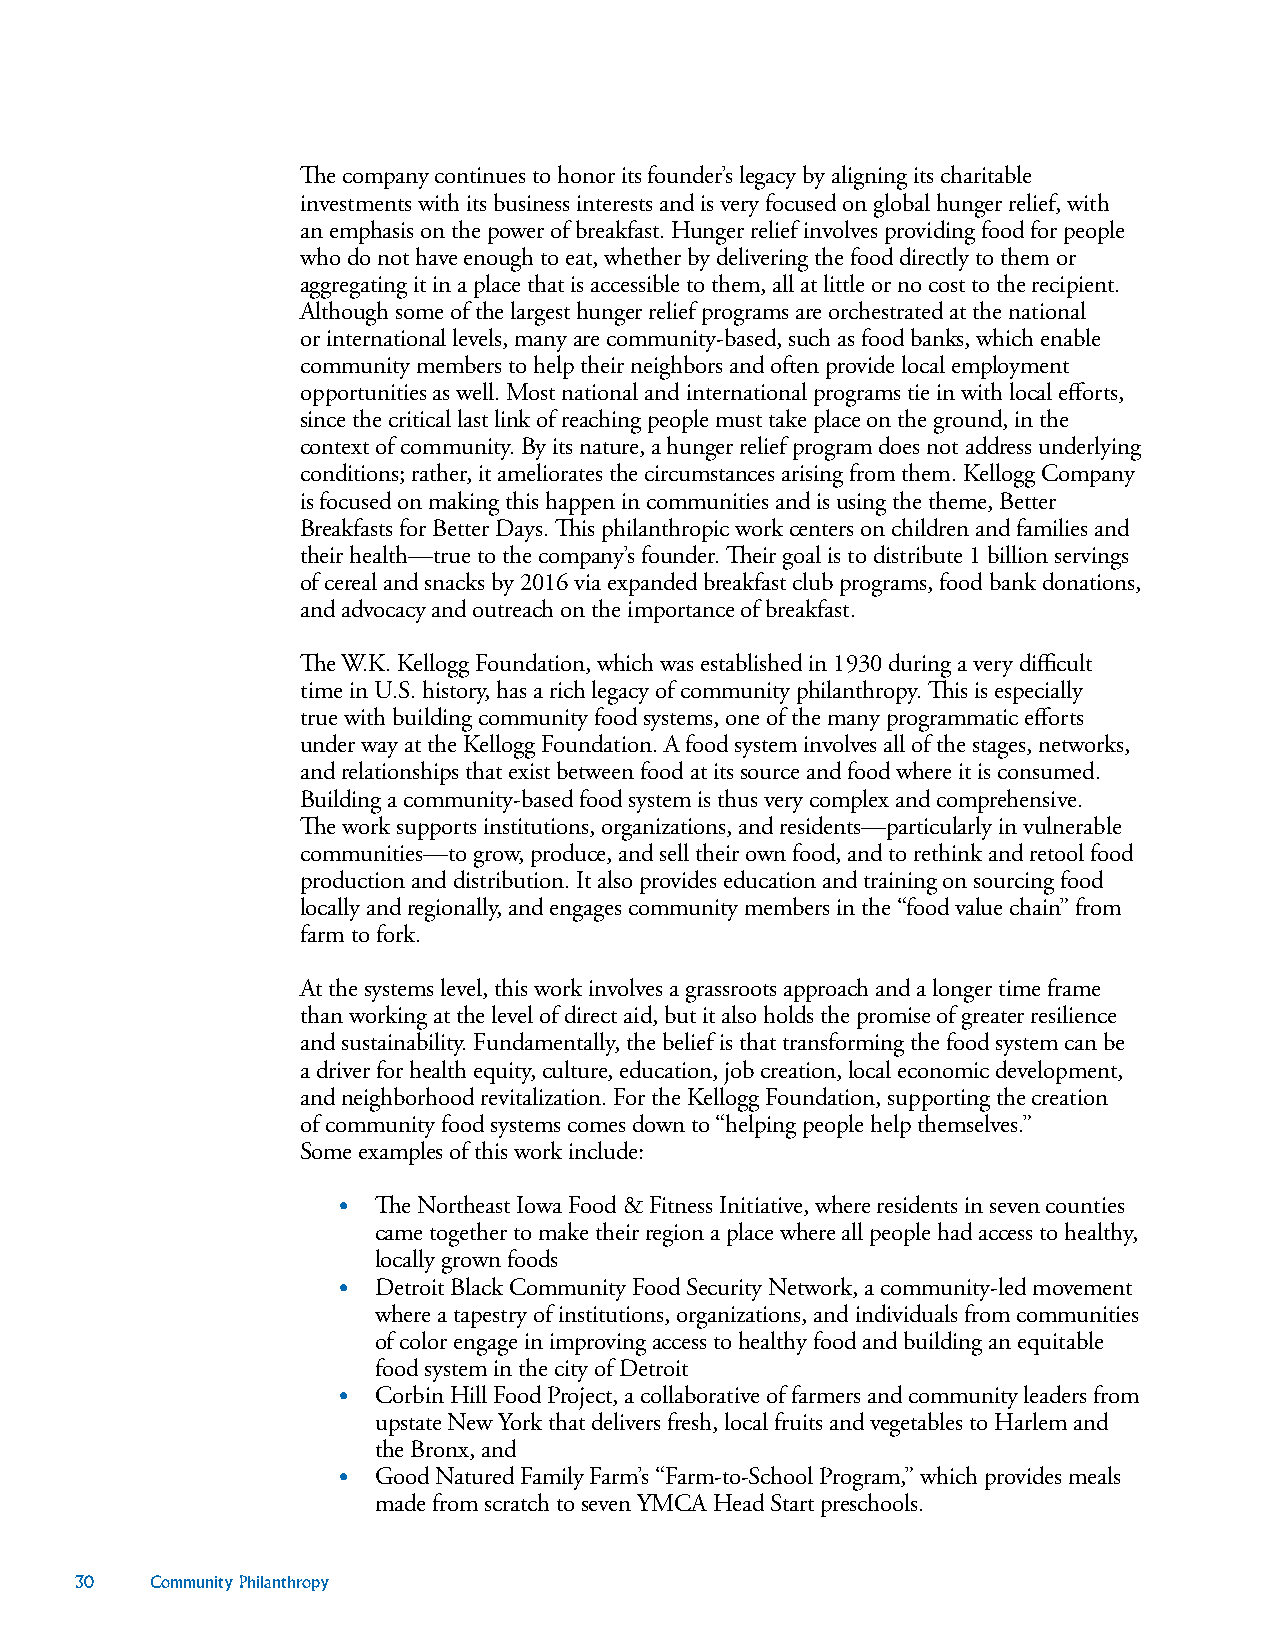
The company continues to honor its founder’s legacy by aligning its charitable
 investments with its business interests and is very focused on global hunger relief, with
 an emphasis on the power of breakfast. Hunger relief involves providing food for people
 who do not have enough to eat, whether by delivering the food directly to them or
 aggregating it in a place that is accessible to them, all at little or no cost to the recipient.
 Although some of the largest hunger relief programs are orchestrated at the national
 or international levels, many are community-based, such as food banks, which enable
 community members to help their neighbors and often provide local employment
 opportunities as well. Most national and international programs tie in with local efforts,
 since the critical last link of reaching people must take place on the ground, in the
 context of community. By its nature, a hunger relief program does not address underlying
 conditions; rather, it ameliorates the circumstances arising from them. Kellogg Company
 is focused on making this happen in communities and is using the theme, Better
 Breakfasts for Better Days. This philanthropic work centers on children and families and
 their health—true to the company’s founder. Their goal is to distribute 1 billion servings
 of cereal and snacks by 2016 via expanded breakfast club programs, food bank donations,
 and advocacy and outreach on the importance of breakfast.
 The W.K. Kellogg Foundation, which was established in 1930 during a very difficult
 time in U.S. history, has a rich legacy of community philanthropy. This is especially
 true with building community food systems, one of the many programmatic efforts
 under way at the Kellogg Foundation. A food system involves all of the stages, networks,
 and relationships that exist between food at its source and food where it is consumed.
 Building a community-based food system is thus very complex and comprehensive.
 The work supports institutions, organizations, and residents—particularly in vulnerable
 communities—to grow, produce, and sell their own food, and to rethink and retool food
 production and distribution. It also provides education and training on sourcing food
 locally and regionally, and engages community members in the “food value chain” from
 farm to fork.
 At the systems level, this work involves a grassroots approach and a longer time frame
 than working at the level of direct aid, but it also holds the promise of greater resilience
 and sustainability. Fundamentally, the belief is that transforming the food system can be
 a driver for health equity, culture, education, job creation, local economic development,
 and neighborhood revitalization. For the Kellogg Foundation, supporting the creation
 of community food systems comes down to “helping people help themselves.”
 Some examples of this work include:
 •  The Northeast Iowa Food & Fitness Initiative, where residents in seven counties
 came together to make their region a place where all people had access to healthy,
 locally grown foods
 •  Detroit Black Community Food Security Network, a community-led movement
 where a tapestry of institutions, organizations, and individuals from communities
 of color engage in improving access to healthy food and building an equitable
 food system in the city of Detroit
 •  Corbin Hill Food Project, a collaborative of farmers and community leaders from
 upstate New York that delivers fresh, local fruits and vegetables to Harlem and
 the Bronx, and
 •  Good Natured Family Farm’s “Farm-to-School Program,” which provides meals
 made from scratch to seven YMCA Head Start preschools.
 30   Community Philanthropy